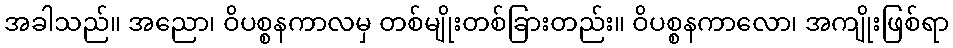
အခါသည်။ အညော၊ ဝိပစ္စနကာလမှ တစ်မျိုးတစ်ခြားတည်း။ ဝိပစ္စနကာလော၊ အကျိုးဖြစ်ရာ